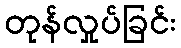
တုန်လှုပ်ခြင်း